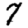
Digit: 7